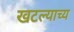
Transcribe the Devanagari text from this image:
खटल्याच्य